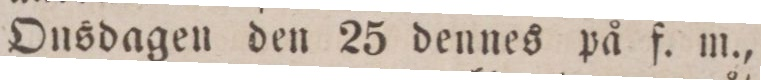
Onsdagen den 25 dennes på f. m.,